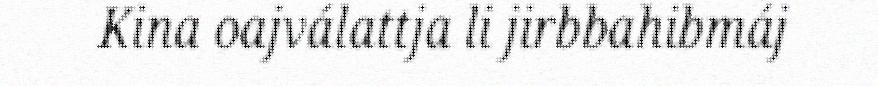
Kina oajválattja li jirbbahibmáj